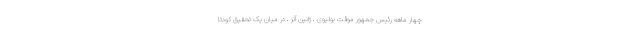
چهار ماهه رئیس جمهور موقت بولیوی ، ژانین آنز ، در میان یک تحقیق کودتا